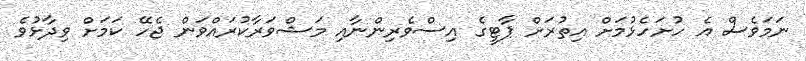
ނަމަވެސް އެ ހުށަހެޅުމަށް އިތުރަށް ޕާޓީގެ އިސްވެރިންނާއި މަޝްވަރާކުރައްވަން ޖެހޭ ކަމަށް ވިދާޅުވެ